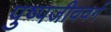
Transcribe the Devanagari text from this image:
पुष्पजीववर्ग